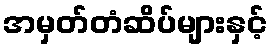
အမှတ်တံဆိပ်များနှင့်